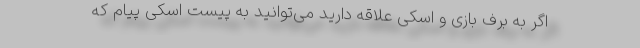
اگر به برف بازی و اسکی علاقه دارید می‌توانید به پیست اسکی پیام که